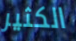
الكثير